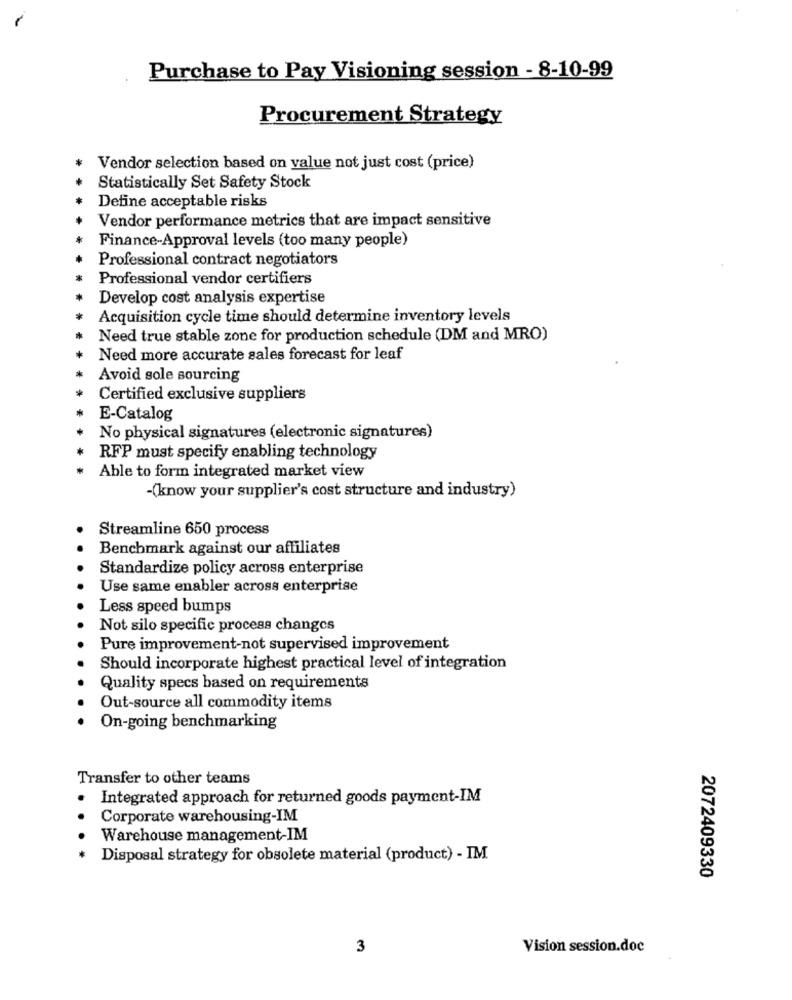
Purchase to Pay Visioning session - 8-10-99
Procurement Strategy
Vendor selection based on value not just cost (price)
Statistically Set Safety Stock
Define acceptable risks
Vendor performance metrics that are impact sensitive
Finance-Approval levels (too many people)
Professional contract negotiators
Professional vendor certifiers
Develop cost analysis expertise
Acquisition cycle time should determine inventory levels
Need true stable zone for production schedule (DM and MRO)
Need more accurate sales forecast for leaf
Avoid sole sourcing
Certified exclusive suppliers
E-Catalog
No physical signatures (electronic signatures)
RFP must specify enabling technology
Able to form integrated market view
(know your supplier's cost structure and industry)
Streamline 650 process
Benchmark against our affiliates
Standardize policy across enterprise
Use same enabler across enterprise
Less speed bumps
Not silo specific process changes
Pure improvement-not supervised improvement
Should incorporate highest practical level of integration
Quality specs based on requirements
Out-source all commodity items
On-going benchmarking
Transfer to other teams
Integrated approach for returned goods payment-IM
Corporate warehousing-IM
Warehouse management-IM
Disposal strategy for obsolete material (product) - IM
2072409330
3
Vision session.doc